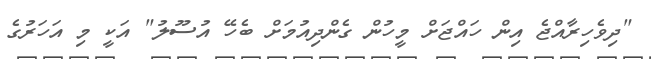
"ދިވެހިރާއްޖެ އިން ހައްޖަށް މީހުން ގެންދިއުމަށް ބެހޭ އުސޫލު" އަކީ މި އަހަރުގެ